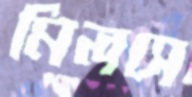
মিলসে